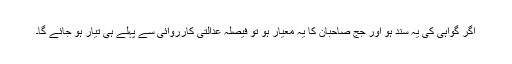
اگر گواہی کی یہ سند ہو اور جج صاحبان کا یہ معیار ہو تو فیصلہ عدالتی کارروائی سے پہلے ہی تیار ہو جائے گا۔